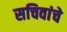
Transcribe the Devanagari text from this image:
सचिवांचे